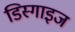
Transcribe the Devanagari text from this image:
डिस्गाइज